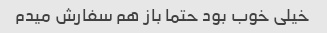
خیلی خوب بود حتما باز هم سفارش میدم